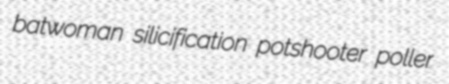
batwoman silicification potshooter poller